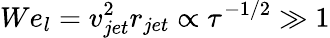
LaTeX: We_{l}=v_{jet}^{2}r_{jet}\propto\tau^{-1/2}\gg 1